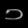
Digit: ၁